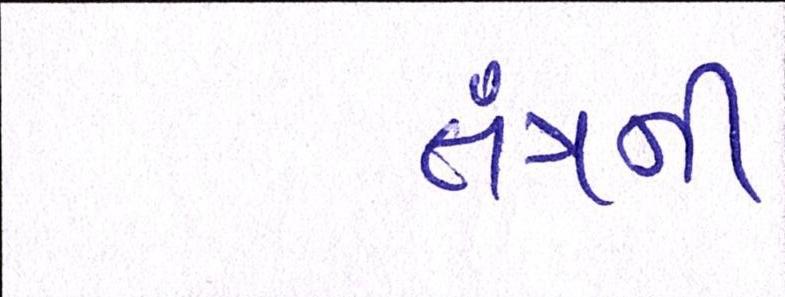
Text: તંત્રની